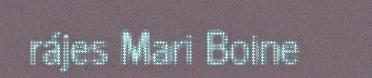
rájes Mari Boine